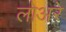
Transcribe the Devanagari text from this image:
लोअरे